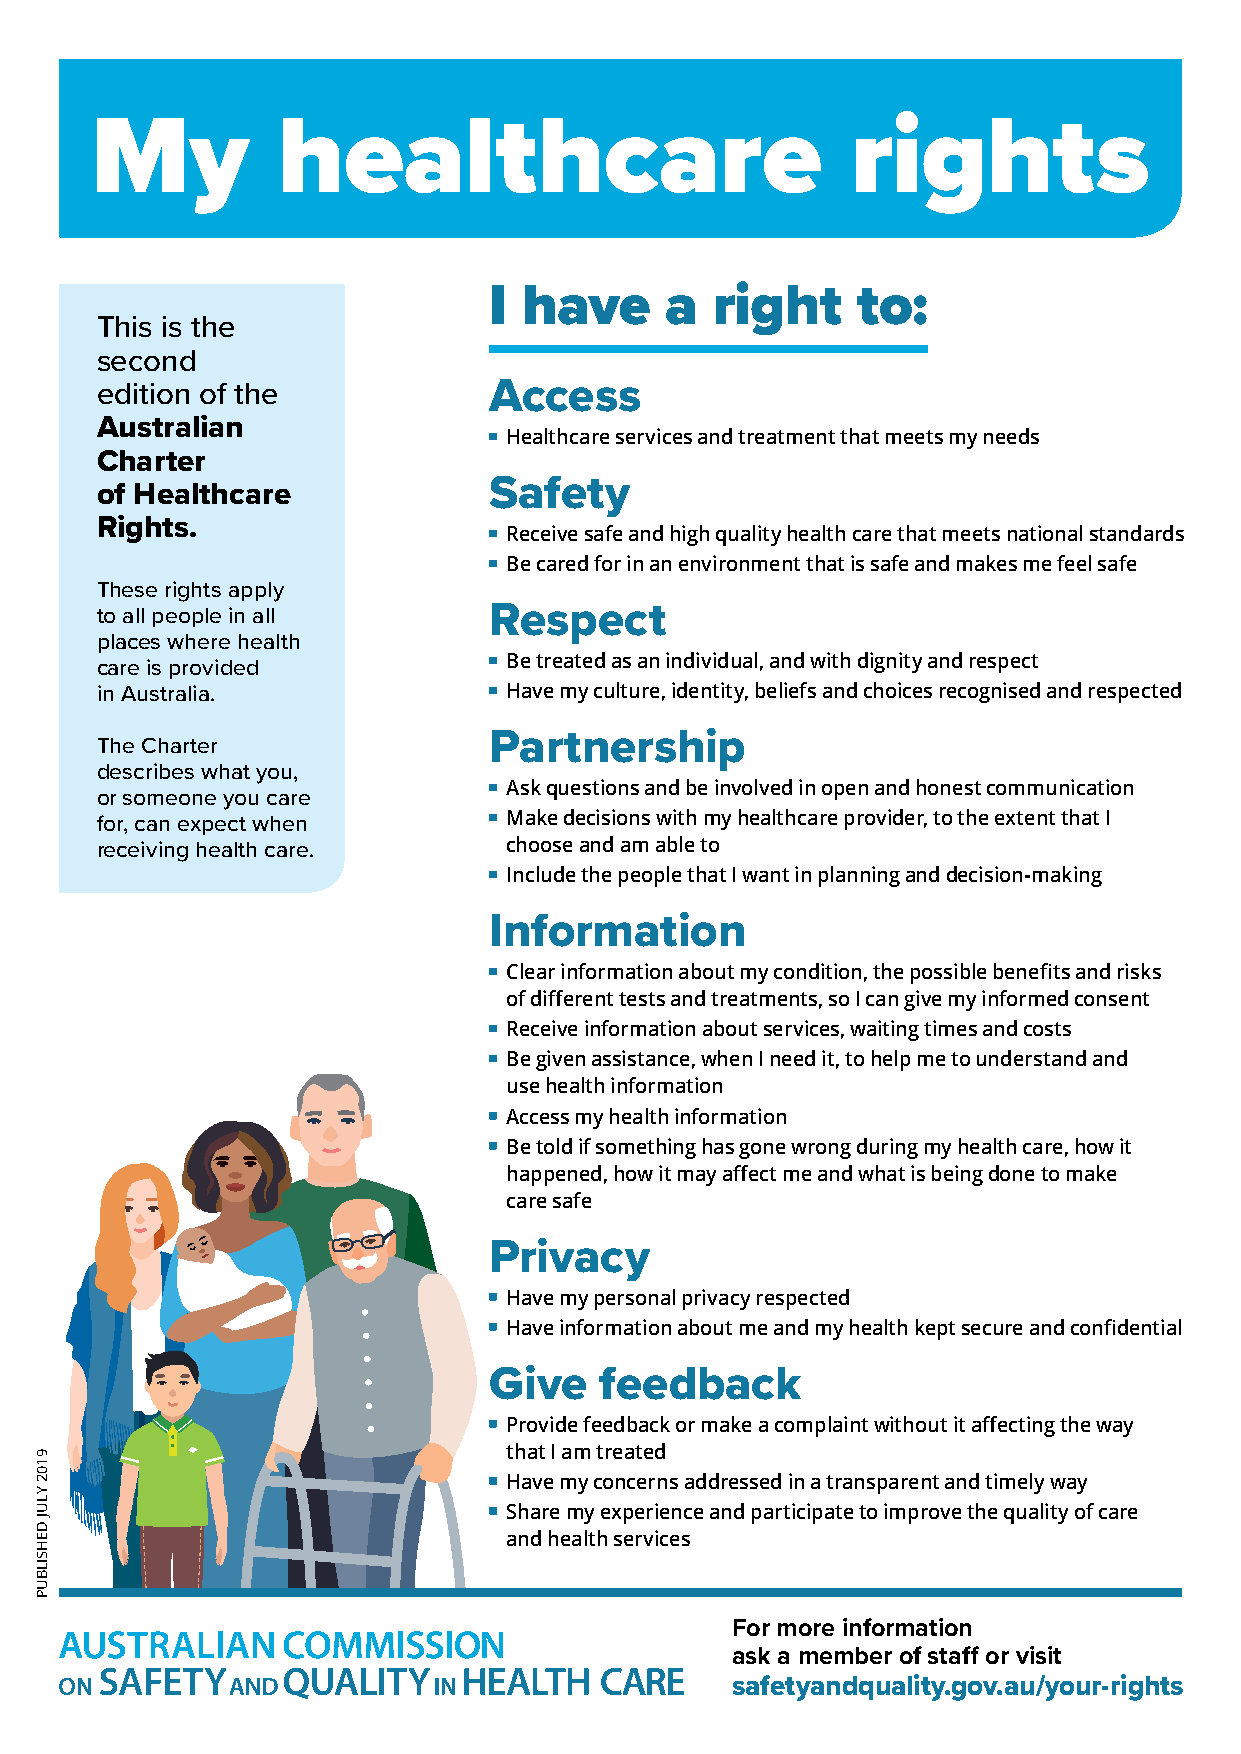
My          healthcare                            rights
 I  have     a  right     to:
 This is the
 second
 edition of the            Access
 Australian
 Healthcareservicesandtreatmentthatmeetsmyneeds
 Charter
 of Healthcare             Safety
 Rights.
 Receivesafeandhighqualityhealthcarethatmeetsnationalstandards
 Becaredforinanenvironmentthatissafeandmakesmefeelsafe
 These rights apply
 to all people in all      Respect
 places where health
 Betreatedasanindividual,andwithdignityandrespect
 care is provided
 in Australia.               Havemyculture,identity,beliefsandchoicesrecognisedandrespected
 The Charter               Partnership
 describes what you,
 Askquestionsandbeinvolvedinopenandhonestcommunication
 or someone you care
 for, can expect when        Makedecisionswithmyhealthcareprovider,totheextentthatI
 receiving health care.      chooseandamableto
 IncludethepeoplethatIwantinplanninganddecision-making
 Information
 Clearinformationaboutmycondition,thepossiblebenefitsandrisks
 ofdifferenttestsandtreatments,soIcangivemyinformedconsent
 Receiveinformationaboutservices,waitingtimesandcosts
 Begivenassistance,whenIneedit,tohelpmetounderstandand
 usehealthinformation
 Accessmyhealthinformation
 Betoldifsomethinghasgonewrongduringmyhealthcare,howit
 happened,howitmayaffectmeandwhatisbeingdonetomake
 caresafe
 Privacy
 Havemypersonalprivacyrespected
 Haveinformationaboutmeandmyhealthkeptsecureandconfidential
 Give    feedback
 Providefeedbackormakeacomplaintwithoutitaffectingtheway
 thatIamtreated
 Havemyconcernsaddressedinatransparentandtimelyway
 Sharemyexperienceandparticipatetoimprovethequalityofcare
 andhealthservices
 For more information
 ask a member of staff or visit
 safetyandquality.gov.au/your-rights
 9102
 YLUJ
 DEHSILBUP